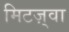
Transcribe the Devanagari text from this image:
मिटज़्वा